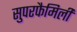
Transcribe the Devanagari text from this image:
सुपरफैमिली